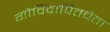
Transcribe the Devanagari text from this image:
गोविंदार्पितचेता